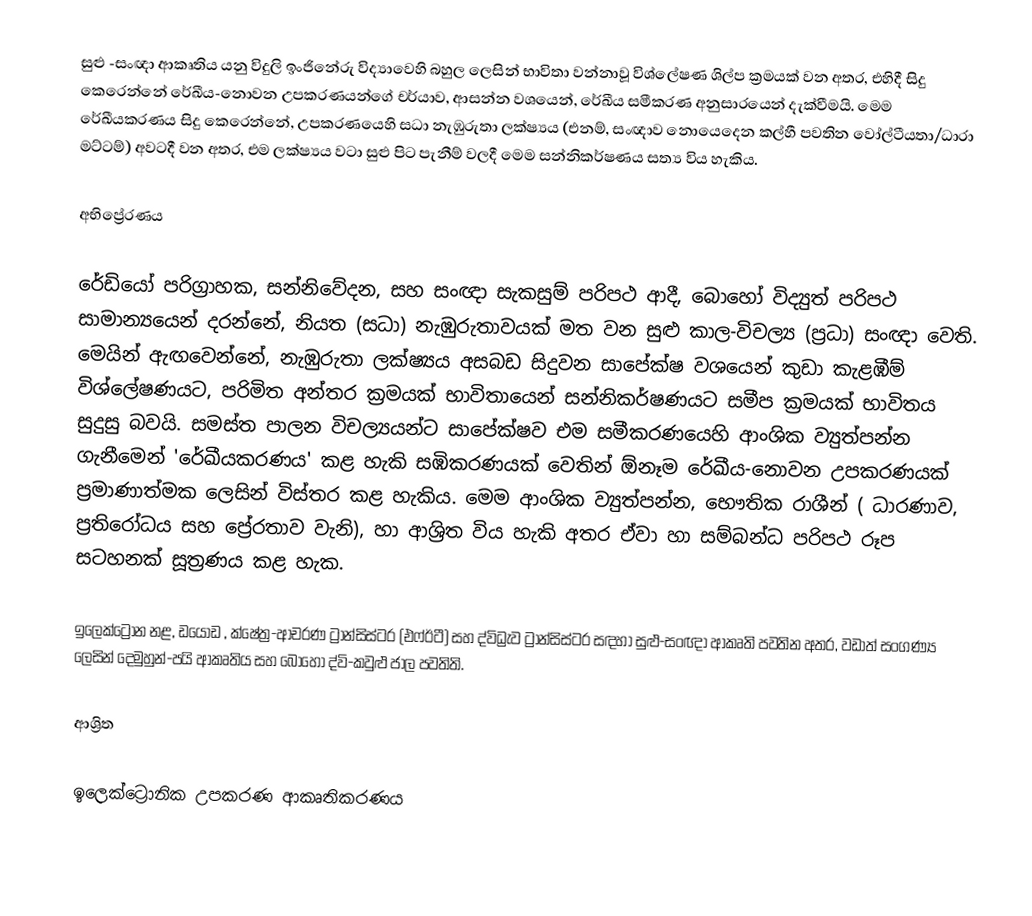
සුළු -සංඥා ආකෘතිය යනු  විදුලි ඉංජිනේරු විද්‍යාවෙහි බහුල ලෙසින් භාවිතා වන්නාවූ විශ්ලේෂණ ශිල්ප ක්‍රමයක් වන අතර, එහිදී සිදු කෙරෙන්නේ  රේඛීය-නොවන උපකරණයන්ගේ  චර්යාව, ආසන්න වශයෙන්,  රේඛීය සමීකරණ අනුසාරයෙන් දැක්වීමයි. මෙම රේඛීයකරණය සිදු කෙරෙන්නේ, උපකරණයෙහි සධා නැඹුරුතා ලක්ෂ්‍යය (එනම්, සංඥාව නොයෙදෙන කල්හී පවතින වෝල්ටීයතා/ධාරා  මට්ටම්) අවටදී වන අතර, එම ලක්ෂ්‍යය වටා සුළු පිට පැනීම් වලදී මෙම සන්නිකර්ෂණය සත්‍ය විය හැකිය.

අභිප්‍රේරණය

රේඩියෝ පරිග්‍රාහක, සන්නිවේදන, සහ සංඥා සැකසුම් පරිපථ ආදී,  බොහෝ විද්‍යුත් පරිපථ සාමාන්‍යයෙන් දරන්නේ, නියත (සධා) නැඹුරුතාවයක් මත වන සුළු කාල-විචල්‍ය (ප්‍රධා) සංඥා වෙති. මෙයින් ඇඟවෙන්නේ,  නැඹුරුතා ලක්ෂ්‍යය අසබඩ සිදුවන සාපේක්ෂ වශයෙන් කුඩා කැළඹීම් විශ්ලේෂණයට, පරිමිත අන්තර ක්‍රමයක්  භාවිතායෙන් සන්නිකර්ෂණයට සමීප ක්‍රමයක් භාවිතය සුදුසු බවයි. සමස්ත පාලන විචල්‍යයන්ට සාපේක්ෂව එම සමීකරණයෙහි ආංශික ව්‍යුත්පන්න ගැනීමෙන් 'රේඛීයකරණය' කළ හැකි සඹිකරණයක් වෙතින් ඕනෑම රේඛීය-නොවන උපකරණයක් ප්‍රමාණාත්මක ලෙසින් විස්තර කළ හැකිය. මෙම ආංශික ව්‍යුත්පන්න, භෞතික රාශීන් ( ධාරණාව, ප්‍රතිරෝධය සහ ප්‍රේරතාව වැනි), හා ආශ්‍රිත විය හැකි අතර ඒවා හා සම්බන්ධ පරිපථ රූප සටහනක් සූත්‍රණය කළ හැක.

  ඉලෙක්ට්‍රෝන නළ, ඩයෝඩ , ක්ෂේත්‍ර-ආචරණ ට්‍රාන්සිස්ටර (එෆ්ඊටී) සහ  ද්විධ්‍රැව ට්‍රාන්සිස්ටර සඳහා සුළු-සංඥා ආකෘති පවතින අතර, වඩාත් සංගණ්‍ය ලෙසින් දෙමුහුන්-පයි ආකෘතිය සහ බොහෝ  ද්වි-කවුළු ජාල පවතිති.

ආශ්‍රිත

ඉලෙක්ට්‍රොනික උපකරණ ආකෘතිකරණය